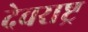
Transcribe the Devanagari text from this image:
देवराष्ट्र